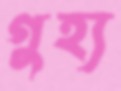
গুহ্য